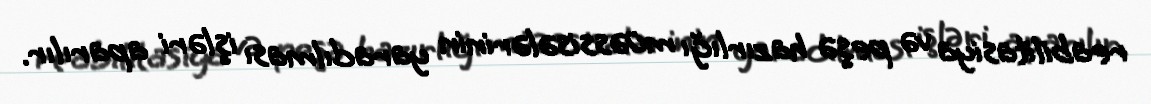
reabilitasiya və peşə hazırlığı müəssisələrinin yaradılması işləri aparılır.